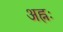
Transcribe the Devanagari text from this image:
अह्नः